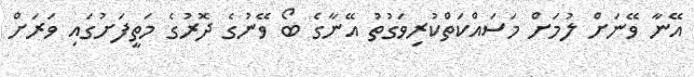
އޭނާ ވޭނަށް ލުމަށް މަސައްކަތްކުރިވަގުތު އޭނާގެ ބޯ ވޭނުގެ ދޮރުގެ މަތީފަށުގައި ވަރަށް